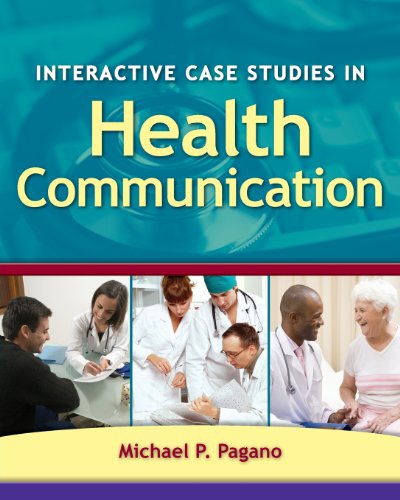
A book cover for Interactive Case Studies In Health Communication; Michael  P. Pagano; Medical Books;